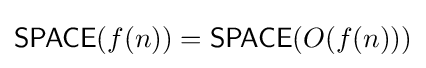
{\mathsf {SPACE}}(f(n))={\mathsf {SPACE}}(O(f(n)))